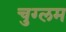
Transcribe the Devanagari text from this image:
चुग्लम